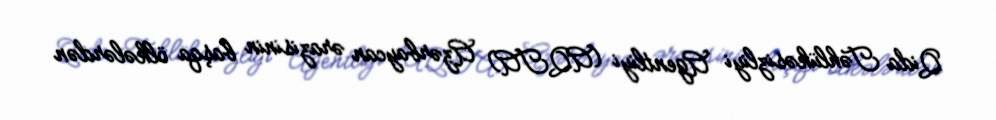
Qida Təhlükəsizliyi Agentliyi (AQTA) Azərbaycan ərazisinin başqa ölkələrdən